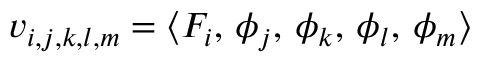
v _ { i , j , k , l , m } = \langle F _ { i } , \, \phi _ { j } , \, \phi _ { k } , \, \phi _ { l } , \, \phi _ { m } \rangle